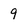
Character: 9